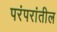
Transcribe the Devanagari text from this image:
परंपरांतील